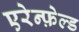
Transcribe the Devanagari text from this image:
एरेन्फ़ेल्ड